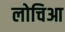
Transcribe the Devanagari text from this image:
लोचिआ